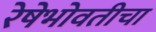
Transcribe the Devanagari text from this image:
रेषेभोवतीचा